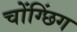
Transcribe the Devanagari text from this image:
चोंग्छिंग